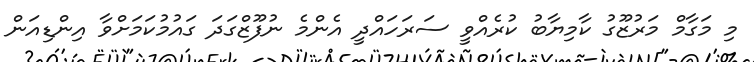
މި މަގާމް މަރުޒޫގު ކާމިޔާބު ކުރެއްވީ ސަރަހައްދީ އެންމެ ނުފޫޒްގަދަ ގައުމުކަމަށްވާ އިންޑިއަން